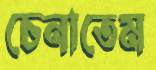
চেনাতেম